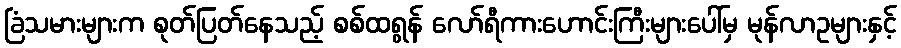
ခြံသမားများက စုတ်ပြတ်နေသည့် စစ်ထရွန် လော်ရီကားဟောင်းကြီးများပေါ်မှ မုန်လာဥများနှင့်